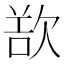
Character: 𣣔